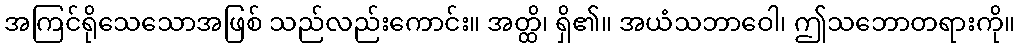
အကြင်ရိုသေသောအဖြစ် သည်လည်းကောင်း။ အတ္ထိ၊ ရှိ၏။ အယံသဘာဝေါ၊ ဤသဘောတရားကို။